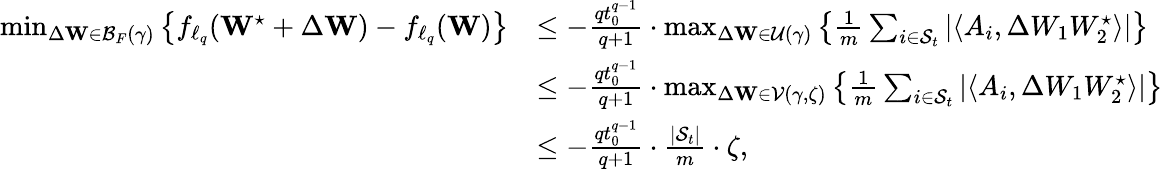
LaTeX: \begin{array}{rl}{\operatorname*{min}_{\Delta\mathbf{W}\in\mathcal{B}_{F}(\gamma)}\left\{ f_{\ell_{q}}(\mathbf{W}^{\star}+\Delta\mathbf{W})-f_{\ell_{q}}(\mathbf{W})\right\} }&{\leq-\frac{qt_{0}^{q-1}}{q+1}\cdot\operatorname*{max}_{\Delta\mathbf{W}\in\mathcal{U}(\gamma)}\left\{ \frac{1}{m}\sum_{i\in{\mathcal{S}_{t}}}|\langle A_{i},\Delta W_{1}W_{2}^{\star}\rangle|\right\} }\\ &{\leq-\frac{qt_{0}^{q-1}}{q+1}\cdot\operatorname*{max}_{\Delta\mathbf{W}\in\mathcal{V}(\gamma,\zeta)}\left\{ \frac{1}{m}\sum_{i\in{\mathcal{S}_{t}}}|\langle A_{i},\Delta W_{1}W_{2}^{\star}\rangle|\right\} }\\ &{\leq-\frac{qt_{0}^{q-1}}{q+1}\cdot\frac{|\mathcal{S}_{t}|}{m}\cdot\zeta,}\end{array}